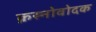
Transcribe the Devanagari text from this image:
क्रस्नोवोदक